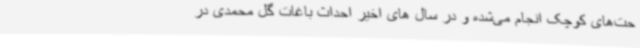
حت‌های کوچک انجام می‌شده و در سال های اخیر احداث باغات گل محمدی در